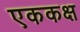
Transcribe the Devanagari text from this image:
एककक्ष